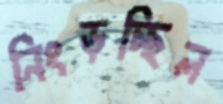
নিংড়চ্ছিল